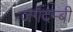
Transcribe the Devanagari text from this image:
जगदम्बी